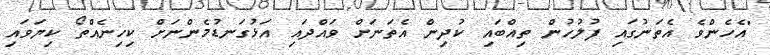
"އެހެންވެ އެތަނުގައި ފުލުހުން ތިއްބައި ކުދިން އެތަނަށް ވައްދައި އަޅުގަނޑުމެންނަށް ކިހިނެއްތޯ ކިޔަވައި